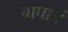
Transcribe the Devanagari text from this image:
बापाचं